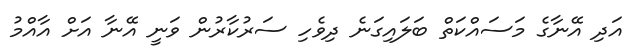
އަދި އޭނާގެ މަސައްކަތް ބަލައިގަނެ ދިވެހި ސަރުކާރުން ވަނީ އޭނާ އަށް އާއްމު